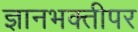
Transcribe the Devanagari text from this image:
ज्ञानभक्तीपर